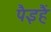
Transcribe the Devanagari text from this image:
पैइहैं